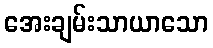
အေးချမ်းသာယာသော